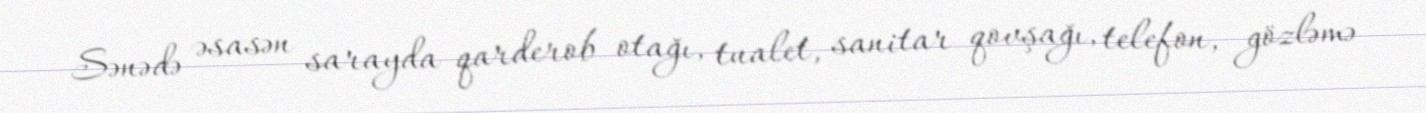
Sənədə əsasən sarayda qarderob otağı, tualet, sanitar qovşağı, telefon, gözləmə